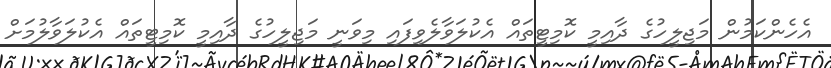
އެހެންކަމުން މަޖިލީހުގެ ދާއިމީ ކޮމިޓީތައް އެކުލަވާލެވިފައި މިވަނީ މަޖިލީހުގެ ދާއިމީ ކޮމިޓީތައް އެކުލަވާލުމަށް